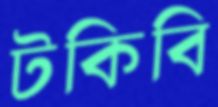
টকিবি